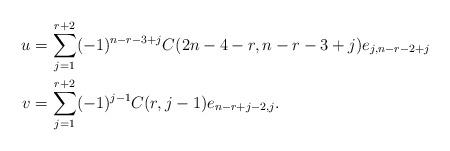
LaTeX: \begin{align*} u &= \sum_{j=1}^{r+2} (-1)^{n-r-3+j} C(2n-4-r,n-r-3+j)e_{j,n-r-2+j}\\ v &= \sum_{j=1}^{r+2} (-1)^{j-1} C(r,j-1) e_{n-r+j-2,j}. \end{align*}